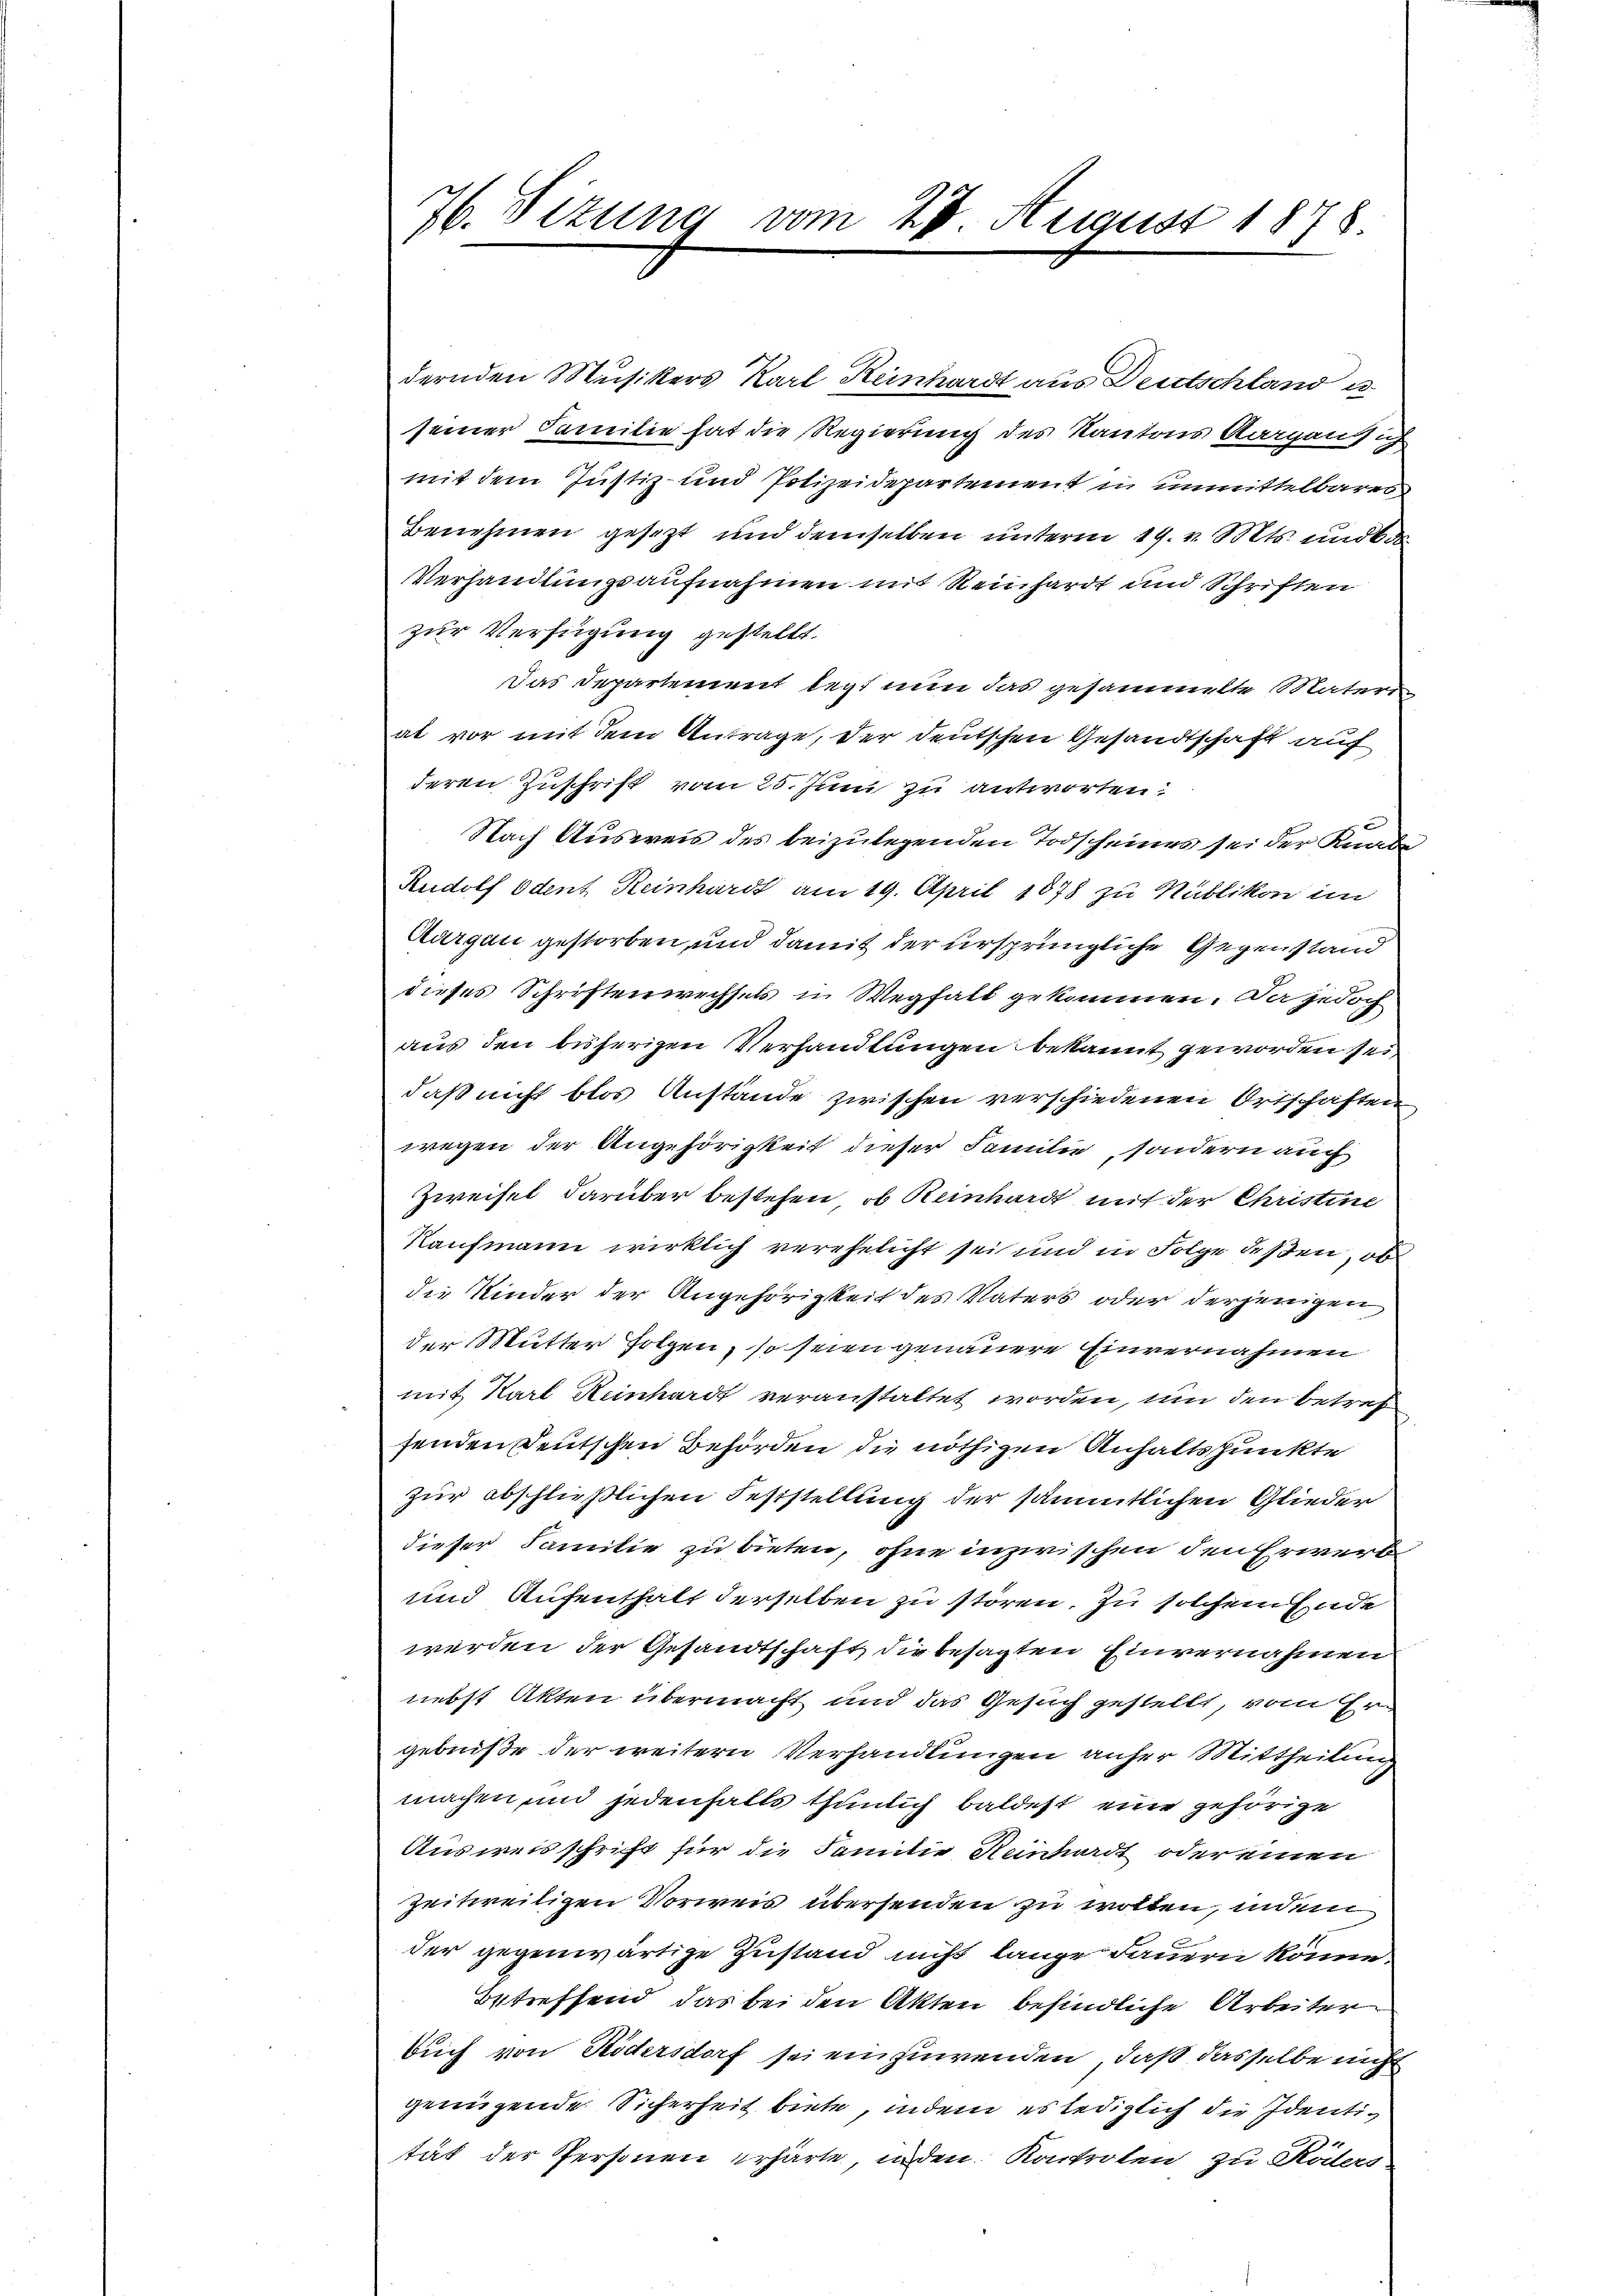
76. Sizung vom 28 August 1898

dernden Musikers Karl Reinhardt aus Deutschland u
seiner Familie hat die Regierung des Kantons Aargansich
mit dem Justiz- und Polizeidepartement in unmittelbares
Benehmen gesezt und demselben unterm 19. v. Mts. und ba
Verhandlungsaufnahmen mit Reinhardt und Schriften
zur Verfügung gestellt.
Das Departement legt nun das gesammelte Materi
al vor mit dem Antrage, der deutschen Gesandtschaft auf
deren Zuschrift vom 25. Juni zu antworten:
Nach Ausweis des beizulegenden Todscheines sei der Kund
Rudolf Odent Reinhardt am 19. April 1878 zu Nublikon im
Aargau gestorben, und damit der ursprüngliche Gegenstand
dieses Schriftenwechsels in Wegfalt gekommen. Da jedoch
aus den bisherigen Verhandlungen bekannt geworden sei,
daß nicht blos Anstände zwischen verschiedenen Ortschaften
wegen der Angehörigkeit dieser Familie, sondern auch
Zweifel darüber bestehen, ob Reinhardt mit der Christine
Kaufmann wirklich verehelicht sei und in Folge deßen, ob
die Kinder der Angehörigkeit des Vaters oder derjenigen
der Mutter Folgen, so seien genauere Einvernahmen
mit Karl Reinhardt veranstaltet worden, um den betref
fenden Deutschen Behörden die nöthigen Anhaltspunkte
zur abschließlichen Feststellung der sämmtlichen Glieder
dieser Familie zu bieten, ohne inzwischen den Erwerd
und Aufenthalt derselben zu stören, zu solchem Ende
werden der Gesandtschaft die besagten Einvernahmen
nebst Akten übermacht und das Gesuch gestellt, vom Er
gebniße der weitern Verhandlungen anher Mittheilung
machen und jedenfalls thunlich baldest eine gehörige
Ausweisschrift für die Familie Reinhardt oder einen
zeitweiligen Vorweis übersenden zu wolten, indem
der gegenwärtige Zustand nicht lange dauern könne.
betreffend das bei den Akten befindliche Arbeiter
buch von Rödersdorf sei einzuwenden, daß dasselbe nicht
genügende Sicherheit biete, indem es lediglich die Identität der Personen erhärte, inden Kontrolen zu Röders-